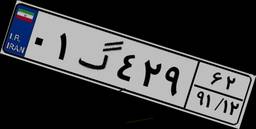
۰۱گ۴۲۹۶۲